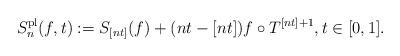
LaTeX: \begin{align*} S_n^{\mathrm{pl}}(f,t):=S_{[nt]}(f)+ (nt-[nt])f\circ T^{[nt]+1},t\in [0,1]. \end{align*}